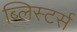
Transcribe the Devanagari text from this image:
ब्लिस्टर्स